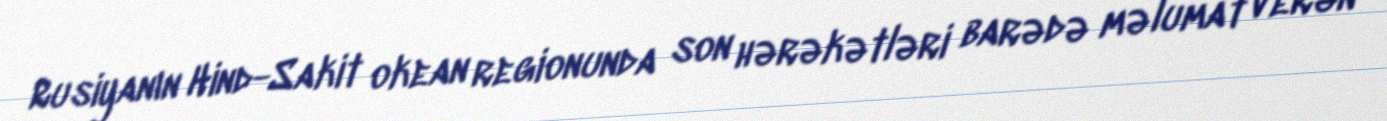
Rusiyanın Hind-Sakit okean regionunda son hərəkətləri barədə məlumat verən